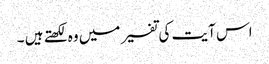
اس آیت کی تفسیر میں وہ لکھتے ہیں ۔